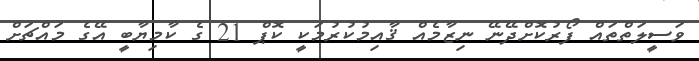
ވަސީލަތްތައް ފޯރުކޮށްދޭނޭ ނިޒާމެއް ޤާއިމުކުރުމަކީ ކޮޕް 21 ގެ ކާމިޔާބީ އޭގެ މައްޗަށް